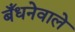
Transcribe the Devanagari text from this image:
बँधनेवाले